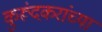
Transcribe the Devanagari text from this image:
कुरूंदकरांच्या